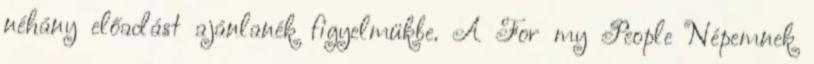
néhány előadást ajánlanék figyelmükbe. A For my People Népemnek